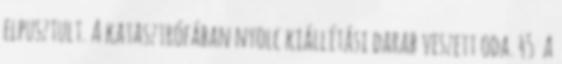
elpusztult. A katasztrófában nyolc kiállítási darab veszett oda. 45 A